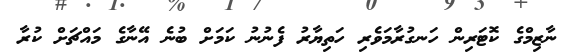
ނާޒިމްގެ ކޮޓަރިން ހަނގުރާމަވެރި ހަތިޔާރު ފެނުނު ކަމަށް ބުނެ އޭނާގެ މައްޗަށް ކުރާ